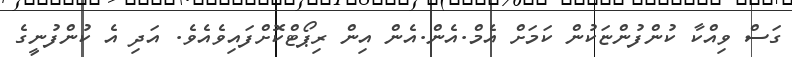
ގަސް ވިއްކާ ކުންފުންޏަކުން ކަމަށް އެމް.އެން.އެން އިން ރިޕޯޓްކޮށްފައިވެއެވެ. އަދި އެ ކުންފުނީގެ